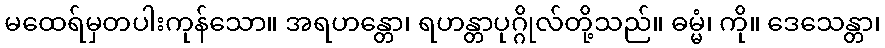
မထေရ်မှတပါးကုန်သော။ အရဟန္တော၊ ရဟန္တာပုဂ္ဂိုလ်တို့သည်။ ဓမ္မံ၊ ကို။ ဒေသေန္တာ၊